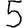
Digit: 5